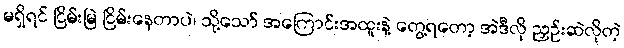
မရှိရင် ငြိမ်းမြဲ ငြိမ်းနေတာပဲ၊ သို့သော် အကြောင်းအထူးနဲ့ တွေ့ရတော့ အဲဒီလို ညှဉ်းဆဲလိုတဲ့